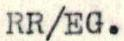
RR/EG.